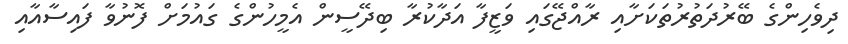
ދިވެހިންގެ ބޭރުދަތުރުތަކަށާއި ރާއްޖޭގައި ވަޒީފާ އަދާކުރާ ބިދޭސީން އެމީހުންގެ ގައުމަށް ފޮނުވާ ފައިސާއާއި